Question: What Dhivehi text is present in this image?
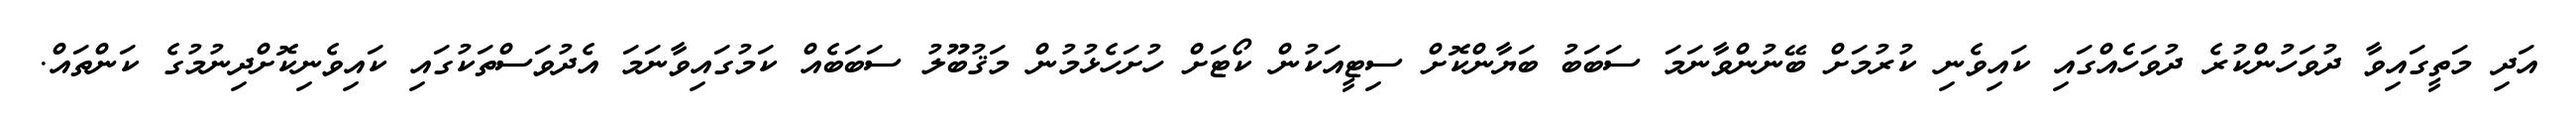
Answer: އަދި މަތީގައިވާ ދުވަހުންކުރެ ދުވަހެއްގައި ކައިވެނި ކުރުމަށް ބޭނުންވާނަމަ ސަބަބު ބަޔާންކޮށް ސިޓީއަކުން ކޯޓަށް ހުށަހެޅުމުން މަޤުބޫލު ސަބަބެއް ކަމުގައިވާނަމަ އެދުވަސްތަކުގައި ކައިވެނިކޮށްދިނުމުގެ ކަންތައް.